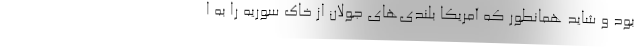
بود و شاید همانطور که آمریکا بلندی‌های جولان از خاک سوریه را به ا